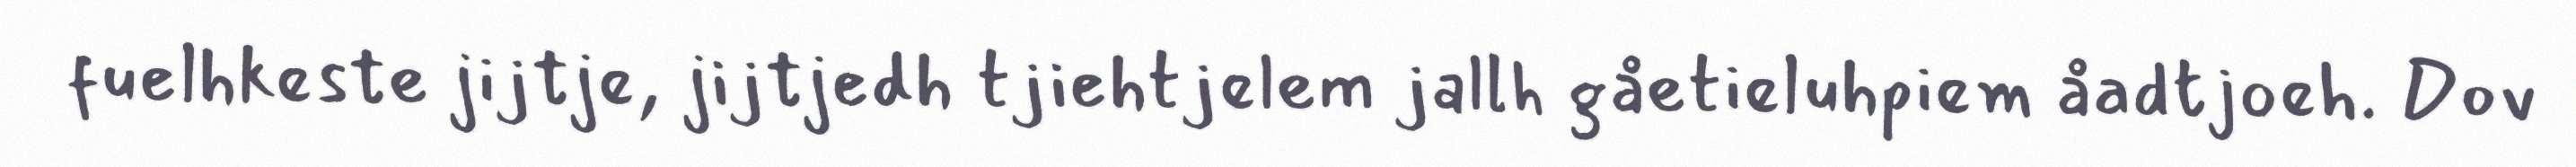
fuelhkeste jijtje, jijtjedh tjiehtjelem jallh gåetieluhpiem åadtjoeh. Dov